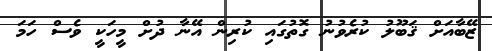
ޒޭބާއަށް ޤަބޫލު ކުރެވުނު ގޮތުގައި ކުރިން އޭނާ ދުށް މީހަކީ ވެސް ހަމަ